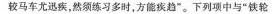
较马车尤迅疾,然须练习多时,方能疾趋”。下列项中与“铁轮